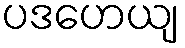
ပဒဟေယျ